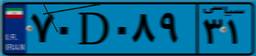
۷۰D۰۸۹۳۱